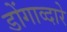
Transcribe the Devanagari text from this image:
डोंगाव्दारे